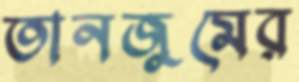
তানজুমের